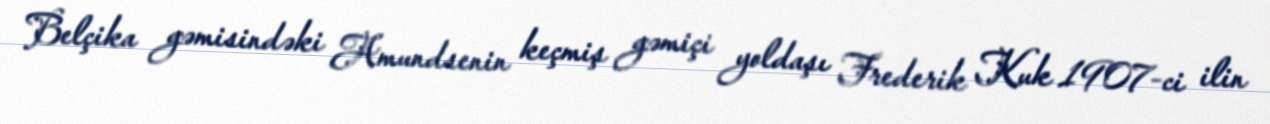
Belçika gəmisindəki Amundsenin keçmiş gəmiçi yoldaşı Frederik Kuk 1907-ci ilin